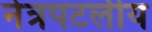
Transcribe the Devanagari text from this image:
नेत्रपटलीय